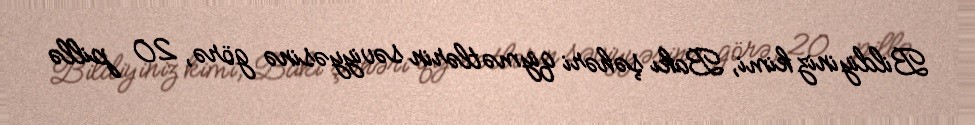
Bildiyiniz kimi, Bakı şəhəri qiymətlərin səviyyəsinə görə, 20 pillə